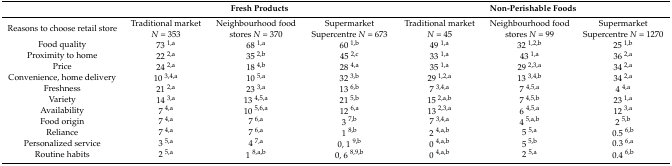
|  | <COLSPAN=3> Fresh Products | <COLSPAN=3> Non-Perishable Foods |
 | --- | --- | --- | --- | --- | --- | --- |
 | Reasons to choose retail store | Traditional market N = 353 | Neighbourhood food stores N = 370 | Supermarket Supercentre N = 673 | Traditional market N = 45 | Neighbourhood food stores N = 99 | Supermarket Supercentre N = 1270 |
 | Food quality | 73 1,a | 68 1,a | 60 1,b | 49 1,a | 32 1,2,b | 25 1,b |
 | Proximity to home | 22 2,a | 35 2,b | 45 2,c | 33 1,a | 43 1,a | 36 2,a |
 | Price | 24 2,a | 18 4,b | 28 4,a | 35 1,a | 29 2,3,a | 34 2,a |
 | Convenience, home delivery | 10 3,4,a | 10 5,a | 32 3,b | 29 1,2,a | 13 3,4,b | 34 2,a |
 | Freshness | 21 2,a | 23 3,a | 13 6,b | 7 3,4,a | 7 4,5,a | 4 4,a |
 | Variety | 14 3,a | 13 4,5,a | 21 5,b | 15 2,a,b | 7 4,5,b | 23 1,a |
 | Availability | 7 4,a | 10 5,6,a | 12 6,a | 13 2,3,a | 6 4,5,a | 12 3,a |
 | Food origin | 7 4,a | 7 6,a | 3 7,b | 7 3,4,a | 4 5,a,b | 2 5,b |
 | Reliance | 7 4,a | 7 6,a | 1 8,b | 2 4,a,b | 5 5,a | 0.5 6,b |
 | Personalized service | 3 5,a | 4 7,a | 0, 1 9,b | 0 4,a,b | 5 5,b | 0.3 6,a |
 | Routine habits | 2 5,a | 1 8,a,b | 0, 6 8,9,b | 0 4,a,b | 2 5,a | 0.4 6,b |